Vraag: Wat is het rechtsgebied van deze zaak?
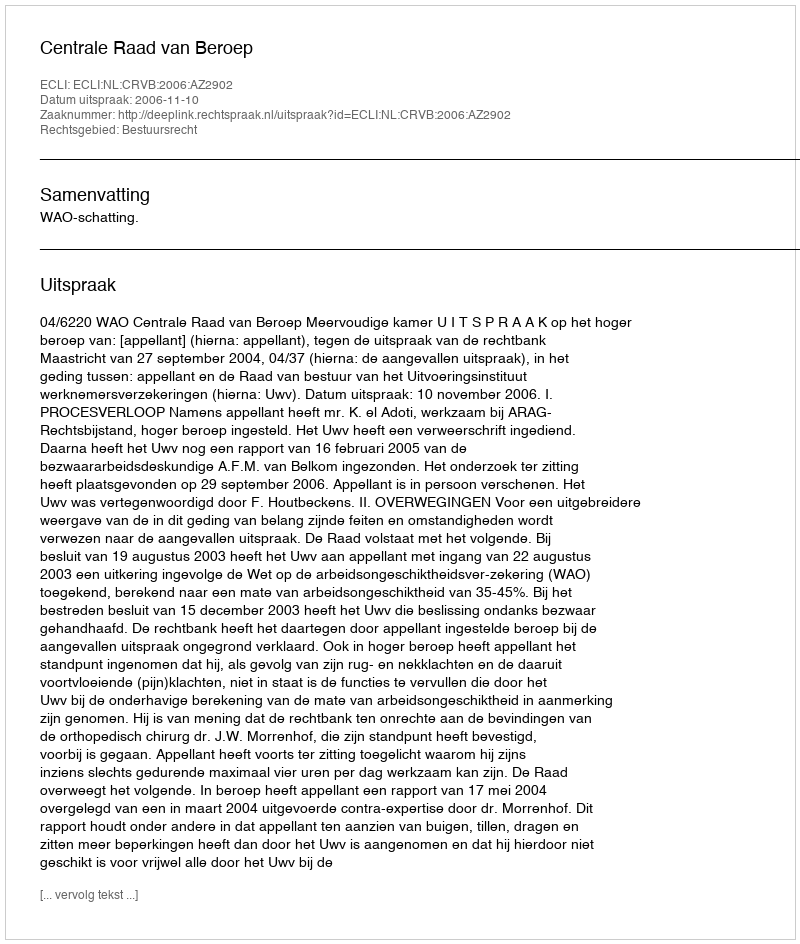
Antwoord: Bestuursrecht